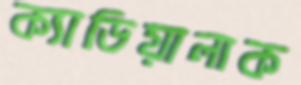
ক্যাডিয়ালাক